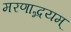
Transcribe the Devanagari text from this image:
मरणाद्भयम्